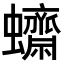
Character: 𧕚